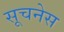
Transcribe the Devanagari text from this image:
सूचनेस